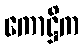
ကောဋ္ဌိက